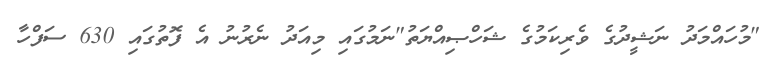
"މުހައްމަދު ނަޝީދުގެ ވެރިކަމުގެ ޝަހްޞިއްޔަތު"ނަމުގައި މިއަދު ނެރުނު އެ ފޮތުގައި 630 ސަފްހާ